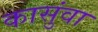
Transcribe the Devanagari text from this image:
कासुंवा